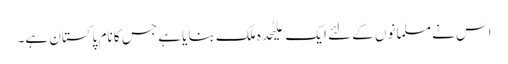
اس نے مسلمانوں کے لئے ایک علیٰحدہ ملک بنایا ہے جس کا نام پاکستان ہے۔